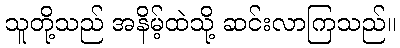
သူတို့သည် အနိမ့်ထဲသို့ ဆင်းလာကြသည်။